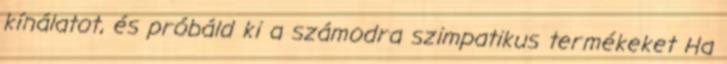
kínálatot, és próbáld ki a számodra szimpatikus termékeket Ha